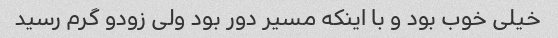
خیلی خوب بود و با اینکه مسیر دور بود ولی زودو گرم رسید